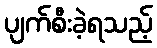
ပျက်စီးခဲ့ရသည့်